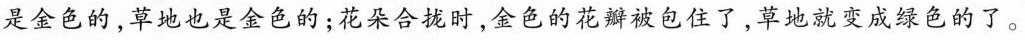
是金色的，草地也是金色的；花朵合拢时，金色的花瓣被包住了，草地就变成绿色的了。